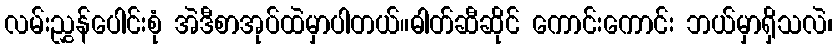
လမ်းညွှန်ပေါင်းစုံ အဲဒီစာအုပ်ထဲမှာပါတယ်။ဓါတ်ဆီဆိုင် ကောင်းကောင်း ဘယ်မှာရှိသလဲ၊